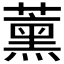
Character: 𮑜